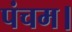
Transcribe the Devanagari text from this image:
पंचम।